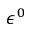
\epsilon ^ { 0 }